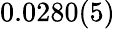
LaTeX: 0.0280(5)